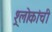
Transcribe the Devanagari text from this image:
श्र्लोकांची